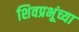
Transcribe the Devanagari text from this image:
शिवप्रभूंच्या